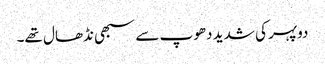
دوپہر کی شدید دھوپ سے سبھی نڈھال تھے۔